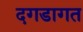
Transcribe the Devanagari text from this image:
दगडागत